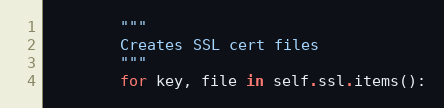
Language: Python
        """
        Creates SSL cert files
        """
        for key, file in self.ssl.items():